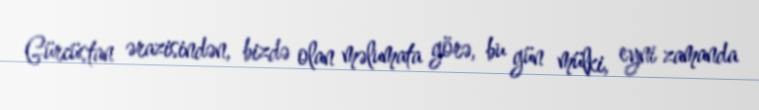
Gürcüstan ərazisindən, bizdə olan məlumata görə, bu gün mülki, eyni zamanda